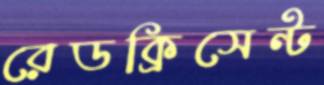
রেডক্রিসেন্ট